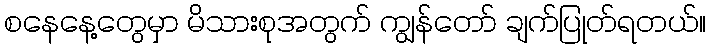
စနေနေ့တွေမှာ မိသားစုအတွက် ကျွန်တော် ချက်ပြုတ်ရတယ်။